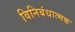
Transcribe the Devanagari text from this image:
विनिबंधात्मक